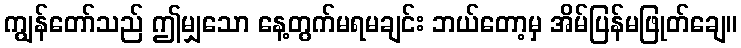
ကျွန်တော်သည် ဤမျှသော နေ့တွက်မရမချင်း ဘယ်တော့မှ အိမ်ပြန်မဖြုတ်ချေ။